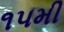
૧૫મી